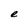
Character: e